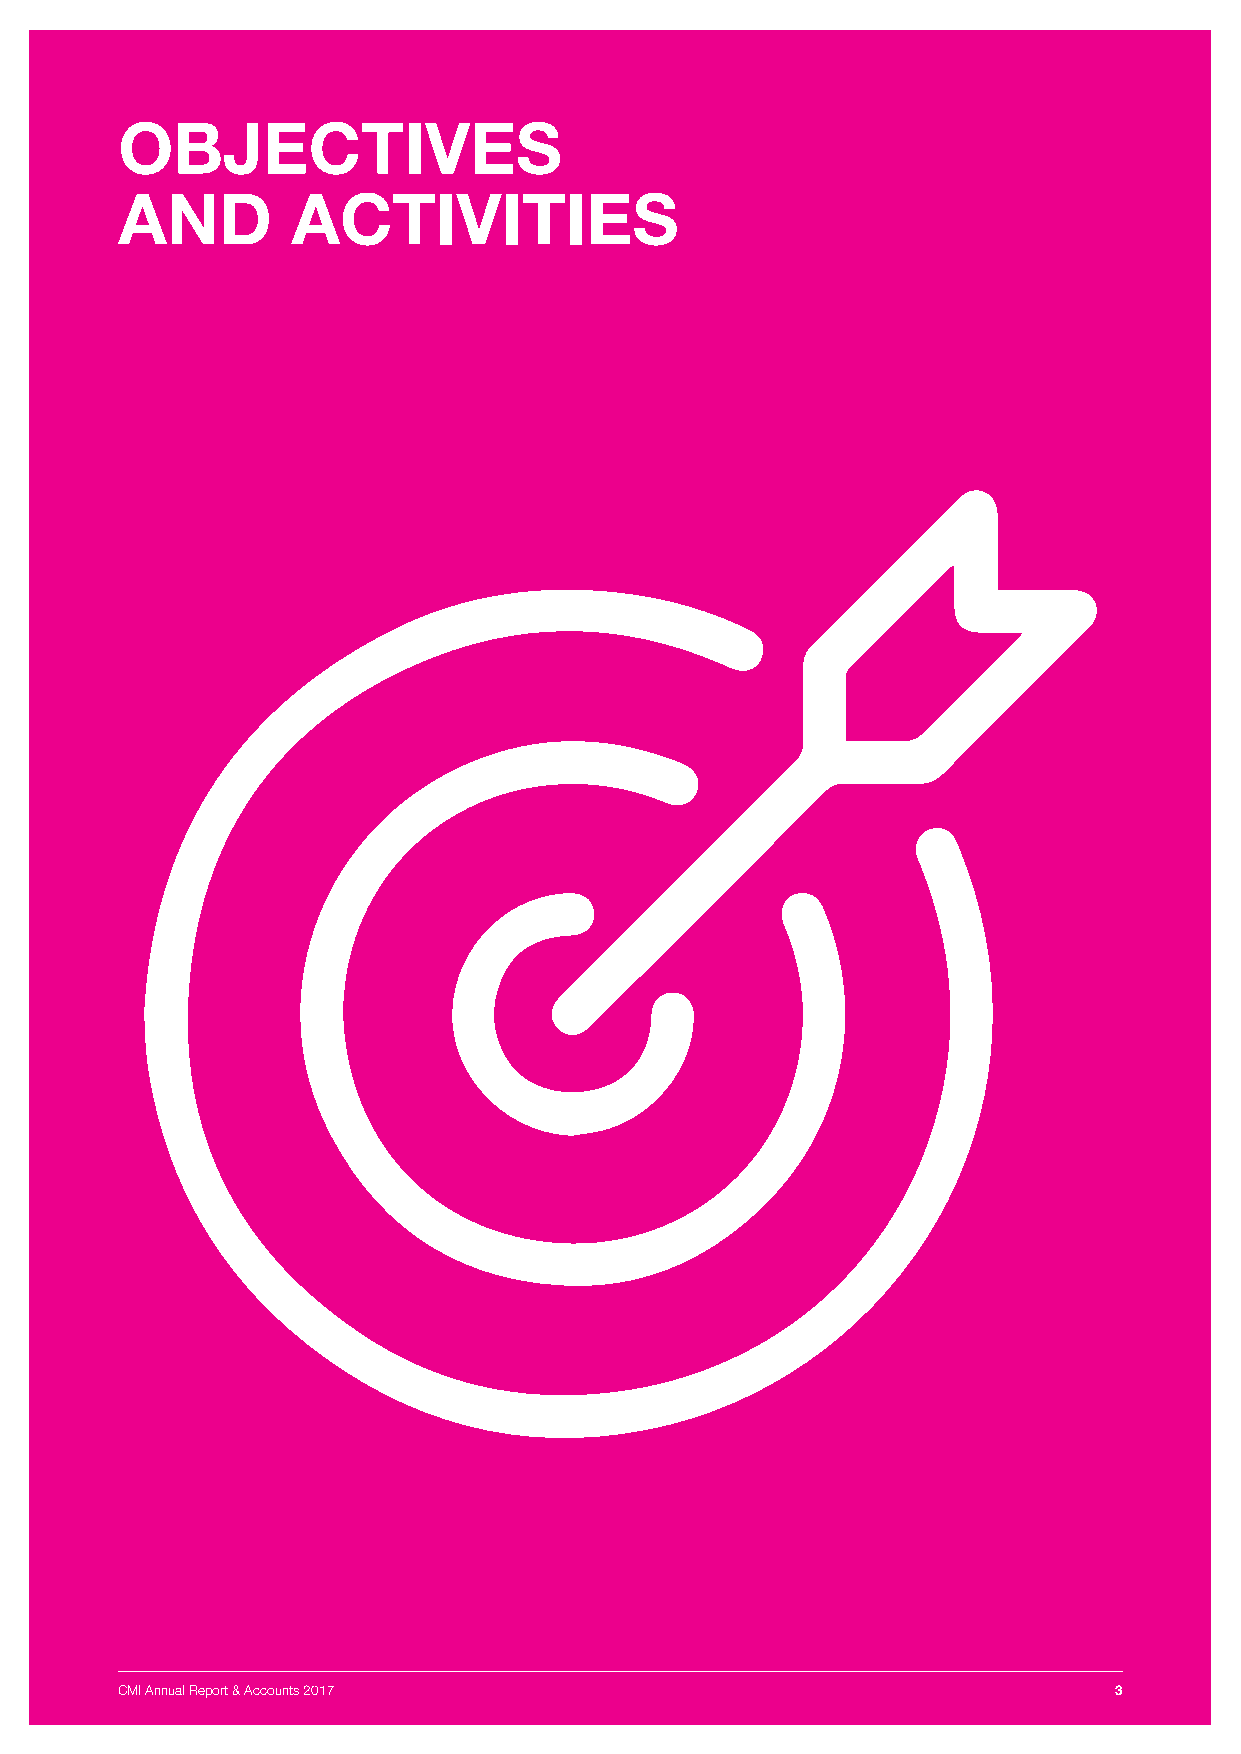
OBJECTIVES
 AND        ACTIVITIES
 CMI Annual Report & Accounts 2017                                 3